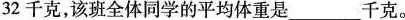
32千克，该班全体同学的平均体重是______千克。